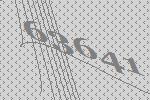
63641